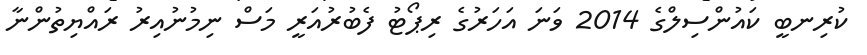
ކުރިނބީ ކައުންސިލްގެ 2014 ވަނަ އަހަރުގެ ރިޕޯޓު ފެބުރުއަރީ މަސް ނިމުނުއިރު ރައްޔިތުންނާ